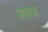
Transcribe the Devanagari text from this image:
रगरज